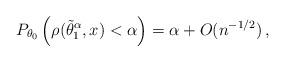
LaTeX: \begin{align*}P_{\theta_0} \left( \rho(\tilde{\theta}_{1}^\alpha, x ) < \alpha \right)= \alpha + O(n^{-1/2}) \,, \end{align*}